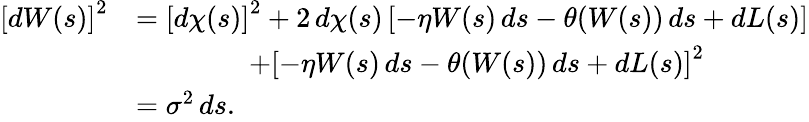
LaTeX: \begin{array}{rl}{\left[dW(s)\right]^{2}}&{=\left[d\chi(s)\right]^{2}+2\, d\chi(s)\left[-\eta W(s)\, ds-\theta(W(s))\, ds+dL(s)\right]}\\ &{\qquad\qquad+\left[-\eta W(s)\, ds-\theta(W(s))\, ds+dL(s)\right]^{2}}\\ &{=\sigma^{2}\, ds.}\end{array}